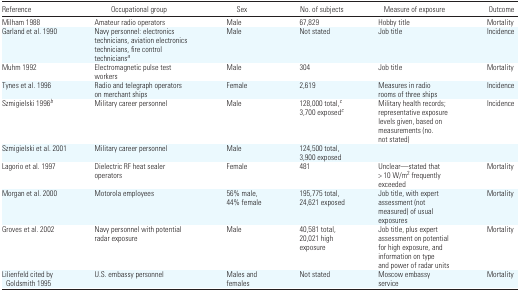
<table><thead><tr><td><b>Reference</b></td><td><b>Occupational group</b></td><td><b>Sex</b></td><td><b>No. of subjects</b></td><td><b>Measure of exposure</b></td><td><b>Outcome</b></td></tr></thead><tbody><tr><td>Milham 1988</td><td>Amateur radio operators</td><td>Male</td><td>67,829</td><td>Hobby title</td><td>Mortality</td></tr><tr><td>Garland et al. 1990</td><td>Navy personnel: electronics technicians, aviation electronics technicians, fire control technicians<i><sup>a</sup></i></td><td>Male</td><td>Not stated</td><td>Job title</td><td>Incidence</td></tr><tr><td>Muhm 1992</td><td>Electromagnetic pulse test workers</td><td>Male</td><td>304</td><td>Job title</td><td>Mortality</td></tr><tr><td>Tynes et al. 1996</td><td>Radio and telegraph operators on merchant ships</td><td>Female</td><td>2,619</td><td>Measures in radio rooms of three ships</td><td>Incidence</td></tr><tr><td>Szmigielski 1996<i><sup>b</sup></i></td><td>Military career personnel</td><td>Male</td><td>128,000 total,<i><sup>c</sup></i> 3,700 exposed<i><sup>c</sup></i></td><td>Military health records; representative exposure levels given, based on measurements (no. not stated)</td><td>Incidence</td></tr><tr><td>Szmigielski et al. 2001</td><td>Military career personnel</td><td>Male</td><td>124,500 total, 3,900 exposed</td><td></td><td></td></tr><tr><td>Lagorio et al. 1997</td><td>Dielectric RF heat sealer operators</td><td>Female</td><td>481</td><td>Unclear—stated that &gt; 10 W/m<sup>2</sup> frequently exceeded</td><td>Mortality</td></tr><tr><td>Morgan et al. 2000</td><td>Motorola employees</td><td>56% male, 44% female</td><td>195,775 total, 24,621 exposed</td><td>Job title, with expert assessment (not measured) of usual exposures</td><td>Mortality</td></tr><tr><td>Groves et al. 2002</td><td>Navy personnel with potential radar exposure</td><td>Male</td><td>40,581 total, 20,021 high exposure</td><td>Job title, plus expert assessment on potential for high exposure, and information on type and power of radar units</td><td>Mortality</td></tr><tr><td>Lilienfeld cited by Goldsmith 1995</td><td>U.S. embassy personnel</td><td>Males and females</td><td>Not stated</td><td>Moscow embassy service</td><td>Mortality</td></tr></tbody></table>